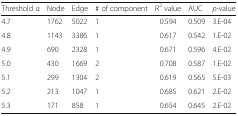
| Threshold α | Node | Edge | # of component | R2 value | AUC | p-value |
 | --- | --- | --- | --- | --- | --- | --- |
 | 4.7 | 1762 | 5022 | 1 | 0.594 | 0.509 | 3.E-04 |
 | 4.8 | 1143 | 3386 | 1 | 0.617 | 0.542 | 1.E-02 |
 | 4.9 | 690 | 2328 | 1 | 0.671 | 0.596 | 4.E-02 |
 | 5.0 | 430 | 1669 | 2 | 0.708 | 0.587 | 1.E-02 |
 | 5.1 | 299 | 1304 | 2 | 0.619 | 0.565 | 5.E-03 |
 | 5.2 | 213 | 1047 | 1 | 0.685 | 0.621 | 2.E-02 |
 | 5.3 | 171 | 858 | 1 | 0.654 | 0.645 | 2.E-02 |